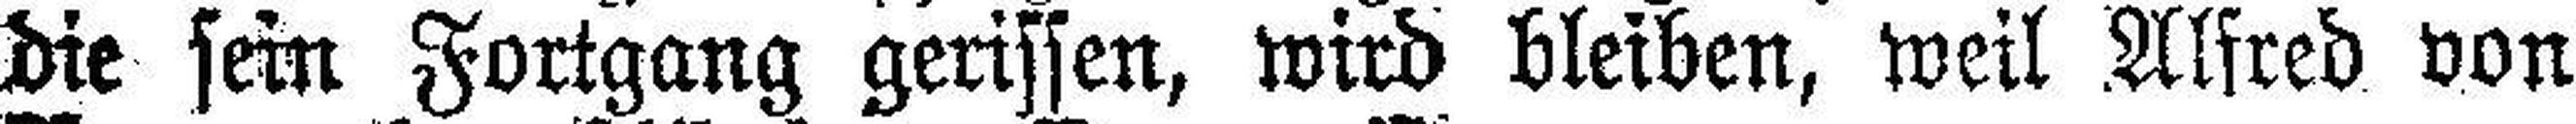
die sein Fortgang gerissen, wird bleiben, weil Alfred von